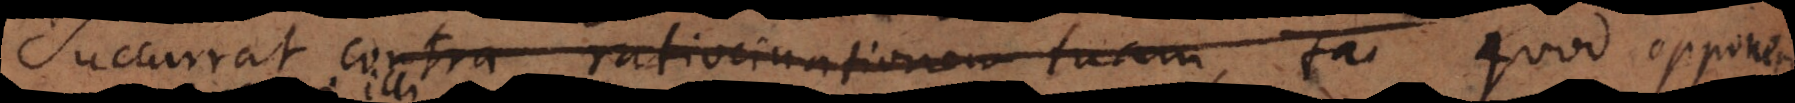
succurrat contra ratiocinationem tuam, ta quod opponere